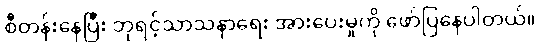
စီတန်းနေပြီး ဘုရင့်သာသနာရေး အားပေးမှုကို ဖော်ပြနေပါတယ်။